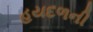
હયદળની